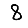
Digit: 8